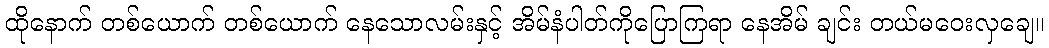
ထိုနောက် တစ်ယောက် တစ်ယောက် နေသောလမ်းနှင့် အိမ်နံပါတ်ကိုပြောကြရာ နေအိမ် ချင်း တယ်မဝေးလှချေ။